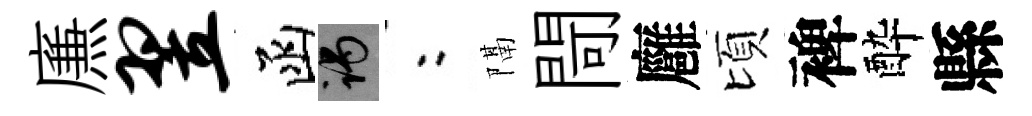
㢘翌函谒欸隔閜廱頃裨酔縣